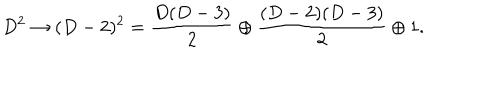
D ^ { 2 } \rightarrow ( D - 2 ) ^ { 2 } = { \frac { D ( D - 3 ) } { 2 } } \oplus { \frac { ( D - 2 ) ( D - 3 ) } { 2 } } \oplus 1 .